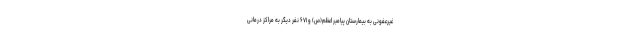
غیرعفونی به بیمارستان پیامبر اعظم(ص) و ۶۷۱ نفر دیگر به مراکز درمانی